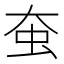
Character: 𧈹